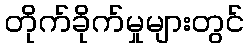
တိုက်ခိုက်မှုများတွင်